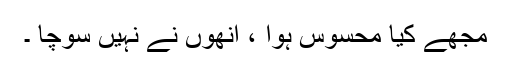
مجھے کیا محسوس ہوا ، انھوں نے نہیں سوچا ۔